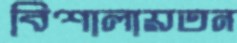
বিশালায়তন